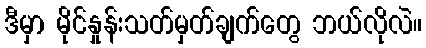
ဒီမှာ မိုင်နှုန်းသတ်မှတ်ချက်တွေ ဘယ်လိုလဲ။